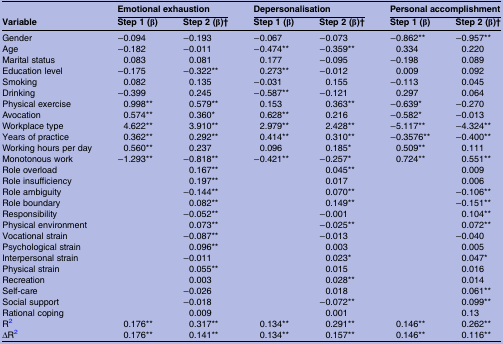
<table><thead><tr><td></td><td colspan="2"><b>Emotional exhaustion</b></td><td colspan="2"><b>Depersonalisation</b></td><td colspan="2"><b>Personal accomplishment</b></td></tr><tr><td><b>Variable</b></td><td><b>Step 1 (β)</b></td><td><b>Step 2 (β)†</b></td><td><b>Step 1 (β)</b></td><td><b>Step 2 (β)†</b></td><td><b>Step 1 (β)</b></td><td><b>Step 2 (β)†</b></td></tr></thead><tbody><tr><td>Gender</td><td>−0.094</td><td>−0.193</td><td>−0.067</td><td>−0.073</td><td>−0.862**</td><td>−0.957**</td></tr><tr><td>Age</td><td>−0.182</td><td>−0.011</td><td>−0.474**</td><td>−0.359**</td><td>0.334</td><td>0.220</td></tr><tr><td>Marital status</td><td>0.083</td><td>0.081</td><td>0.177</td><td>−0.095</td><td>−0.198</td><td>0.089</td></tr><tr><td>Education level</td><td>−0.175</td><td>−0.322**</td><td>0.273**</td><td>−0.012</td><td>0.009</td><td>0.092</td></tr><tr><td>Smoking</td><td>0.082</td><td>0.135</td><td>−0.031</td><td>0.155</td><td>−0.113</td><td>0.045</td></tr><tr><td>Drinking</td><td>−0.399</td><td>0.245</td><td>−0.587**</td><td>−0.121</td><td>0.297</td><td>0.064</td></tr><tr><td>Physical exercise</td><td>0.998**</td><td>0.579**</td><td>0.153</td><td>0.363**</td><td>−0.639*</td><td>−0.270</td></tr><tr><td>Avocation</td><td>0.574**</td><td>0.360*</td><td>0.628**</td><td>0.216</td><td>−0.582*</td><td>−0.013</td></tr><tr><td>Workplace type</td><td>4.622**</td><td>3.910**</td><td>2.979**</td><td>2.428**</td><td>−5.117**</td><td>−4.324**</td></tr><tr><td>Years of practice</td><td>0.362**</td><td>0.292**</td><td>0.414**</td><td>0.310**</td><td>−0.3576**</td><td>−0.400**</td></tr><tr><td>Working hours per day</td><td>0.560**</td><td>0.237</td><td>0.096</td><td>0.185*</td><td>0.509**</td><td>0.111</td></tr><tr><td>Monotonous work</td><td>−1.293**</td><td>−0.818**</td><td>−0.421**</td><td>−0.257*</td><td>0.724**</td><td>0.551**</td></tr><tr><td>Role overload</td><td></td><td>0.167**</td><td></td><td>0.045**</td><td></td><td>0.009</td></tr><tr><td>Role insufficiency</td><td></td><td>0.197**</td><td></td><td>0.017</td><td></td><td>0.006</td></tr><tr><td>Role ambiguity</td><td></td><td>−0.144**</td><td></td><td>0.070**</td><td></td><td>−0.106**</td></tr><tr><td>Role boundary</td><td></td><td>0.082**</td><td></td><td>0.149**</td><td></td><td>−0.151**</td></tr><tr><td>Responsibility</td><td></td><td>−0.052**</td><td></td><td>−0.001</td><td></td><td>0.104**</td></tr><tr><td>Physical environment</td><td></td><td>0.073**</td><td></td><td>−0.025**</td><td></td><td>0.072**</td></tr><tr><td>Vocational strain</td><td></td><td>−0.087**</td><td></td><td>−0.013</td><td></td><td>−0.040</td></tr><tr><td>Psychological strain</td><td></td><td>0.096**</td><td></td><td>0.003</td><td></td><td>0.005</td></tr><tr><td>Interpersonal strain</td><td></td><td>−0.011</td><td></td><td>0.023*</td><td></td><td>0.047*</td></tr><tr><td>Physical strain</td><td></td><td>0.055**</td><td></td><td>0.015</td><td></td><td>0.016</td></tr><tr><td>Recreation</td><td></td><td>0.003</td><td></td><td>0.028**</td><td></td><td>0.014</td></tr><tr><td>Self-care</td><td></td><td>−0.026</td><td></td><td>0.018</td><td></td><td>0.061**</td></tr><tr><td>Social support</td><td></td><td>−0.018</td><td></td><td>−0.072**</td><td></td><td>0.099**</td></tr><tr><td>Rational coping</td><td></td><td>0.009</td><td></td><td>0.001</td><td></td><td>0.13</td></tr><tr><td>R2</td><td>0.176**</td><td>0.317**</td><td>0.134**</td><td>0.291**</td><td>0.146**</td><td>0.262**</td></tr><tr><td>ΔR2</td><td>0.176**</td><td>0.141**</td><td>0.134**</td><td>0.157**</td><td>0.146**</td><td>0.116**</td></tr></tbody></table>